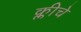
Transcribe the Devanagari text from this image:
क्लीचे